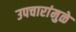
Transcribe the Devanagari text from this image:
उपचारांमुळे